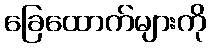
ခြေထောက်များကို